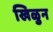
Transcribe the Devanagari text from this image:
खिळुन